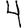
Digit: 4